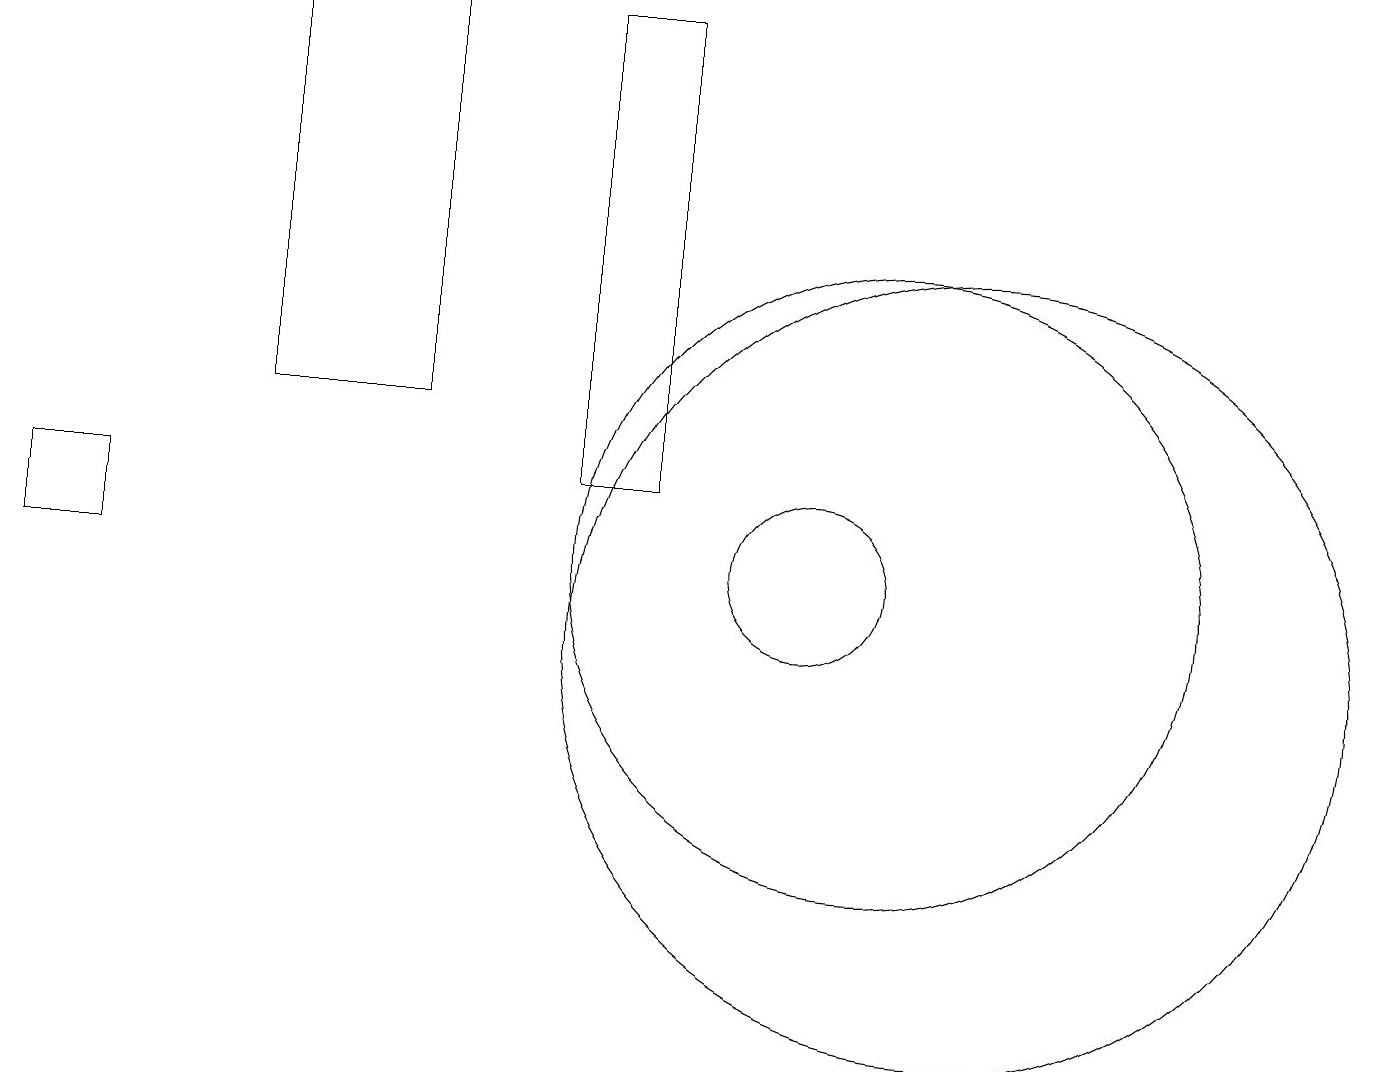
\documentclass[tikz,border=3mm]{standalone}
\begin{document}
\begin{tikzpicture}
\draw (10,12) circle (0);
\draw (10,11) circle (1);
\draw (3,13) rectangle (5,18);
\draw (11,11) circle (4);
\draw (7,12) rectangle (8,18);
\draw (12,10) circle (5);
\draw (0,12) rectangle (1,11);
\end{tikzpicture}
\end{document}